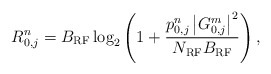
\begin{align*} R_{0,j}^n=B_{\rm RF} \log_2 \left( 1 + \frac{p_{0,j}^n \left|G_{0,j}^m\right|^2}{N_{\rm RF}B_{\rm RF}}\right),\end{align*}